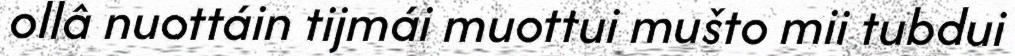
ollâ nuottáin tijmái muottui mušto mii tubdui